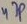
Text: 47p